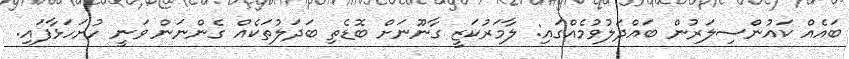
ބައެއް ކައުންސިލަރުން ބައްދަލުވުމެއްގައި: ލާމަރުކަޒީ ގާނޫނަށް ބޮޑެތި ބަދަލުތަކެއް ގެންނަން ވަނީ ހުށަހަޅާފައި.